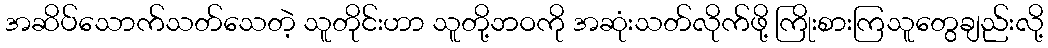
အဆိပ်သောက်သတ်သေတဲ့ သူတိုင်းဟာ သူတို့ဘဝကို အဆုံးသတ်လိုက်ဖို့ ကြိုးစားကြသူတွေချည်းလို့